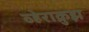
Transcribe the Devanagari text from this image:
व्हेराक्रुझ